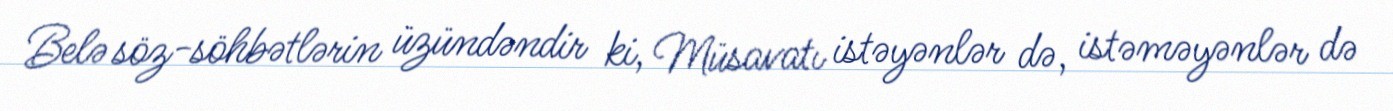
Belə söz-söhbətlərin üzündəndir ki, Müsavatı istəyənlər də, istəməyənlər də